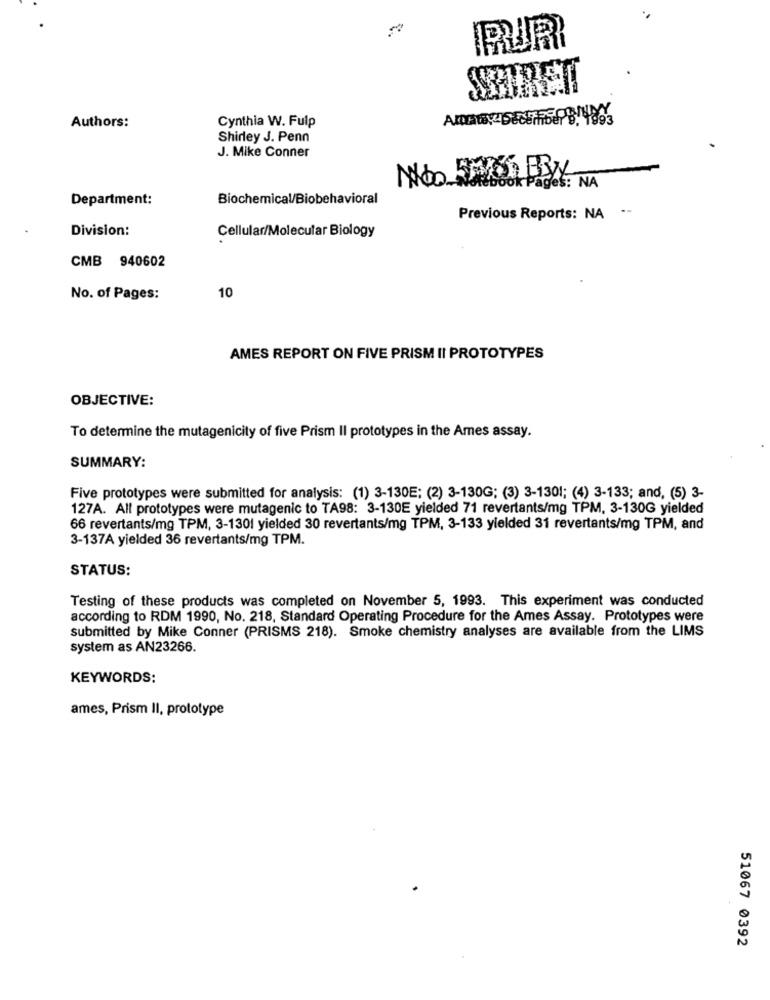
Authors:
Cynthia W. Fulp
Shirley J. Penn
J. Mike Conner
Não 5/65 BBy
ok Pages: NA
Department:
Biochemical/Biobehavioral
Previous Reports: NA --
Division:
Cellular/Molecular Biology
CMB 940602
No. of Pages:
10
AMES REPORT ON FIVE PRISM II PROTOTYPES
OBJECTIVE:
To determine the mutagenicity of five Prism Il prototypes in the Ames assay.
SUMMARY:
Five prototypes were submitted for analysis: (1) 3-130E; (2) 3-130G; (3) 3-1301; (4) 3-133; and, (5) 3-
127A. All prototypes were mutagenic to TA98: 3-130E yielded 71 revertants/mg TPM, 3-130G yielded
66 revertants/mg TPM, 3-1301 yielded 30 revertants/mg TPM, 3-133 yielded 31 revertants/mg TPM, and
3-137A yielded 36 revertants/mg TPM.
STATUS:
Testing of these products was completed on November 5, 1993. This experiment was conducted
according to RDM 1990, No. 218, Standard Operating Procedure for the Ames Assay. Prototypes were
submitted by Mike Conner (PRISMS 218). Smoke chemistry analyses are available from the LIMS
system as AN23266.
KEYWORDS:
ames, Prism II, prototype
51067 0392